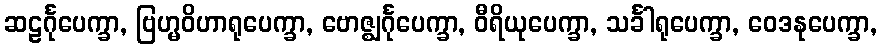
ဆဠင်္ဂုပေက္ခာ, ဗြဟ္မဝိဟာရုပေက္ခာ, ဗောဇ္ဈင်္ဂုပေက္ခာ, ဝီရိယုပေက္ခာ, သင်္ခါရုပေက္ခာ, ဝေဒနုပေက္ခာ,